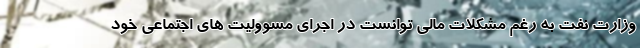
وزارت نفت به رغم مشکلات مالی توانست در اجرای مسوولیت های اجتماعی خود